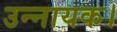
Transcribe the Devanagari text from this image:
उन्नायक।